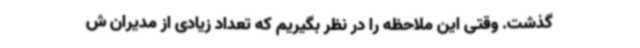
گذشت. وقتی این ملاحظه را در نظر بگیریم که تعداد زیادی از مدیران ش